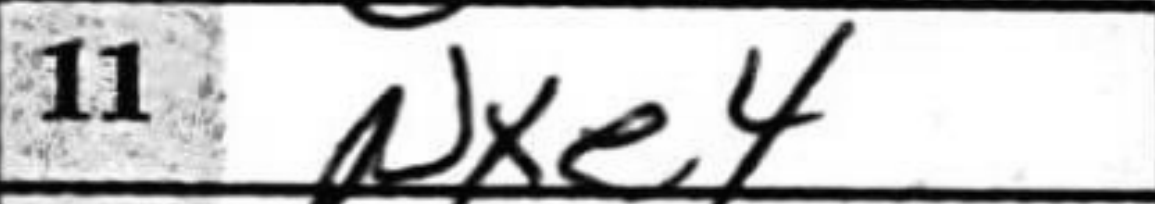
Transcription: Nxe4